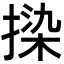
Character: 𫽦